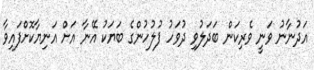
އަދުނާނު ވަނީ ވެރިކަން ބަދަލުވި ދުވަހު ފުލުހުންގެ ބަޔަކު އޭނާ އަށް އަނިޔާކޮށްފައިވާ